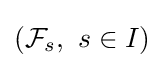
({\mathcal {F}}_{s},\ s\in I)